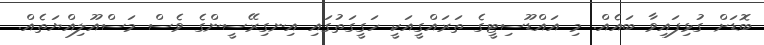
ބޮޑަށް ގުޅިފައިވާ ބައެއް. މި އައްޑޫސިޓީގެ ތަރައްގީއަކީ ހަގީގަތުގައި އިނގިރޭސީންގެ ވެސް މަސްއޫލިއްޔަތެއް.